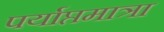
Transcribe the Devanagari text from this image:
पर्याप्तमात्रा